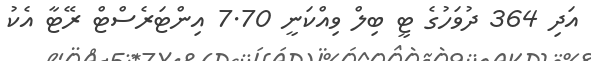
އަދި 364 ދުވަހުގެ ޓީ ބިލް ވިއްކަނީ 7.70 އިންޓަރެސްޓް ރޭޓާ އެކު